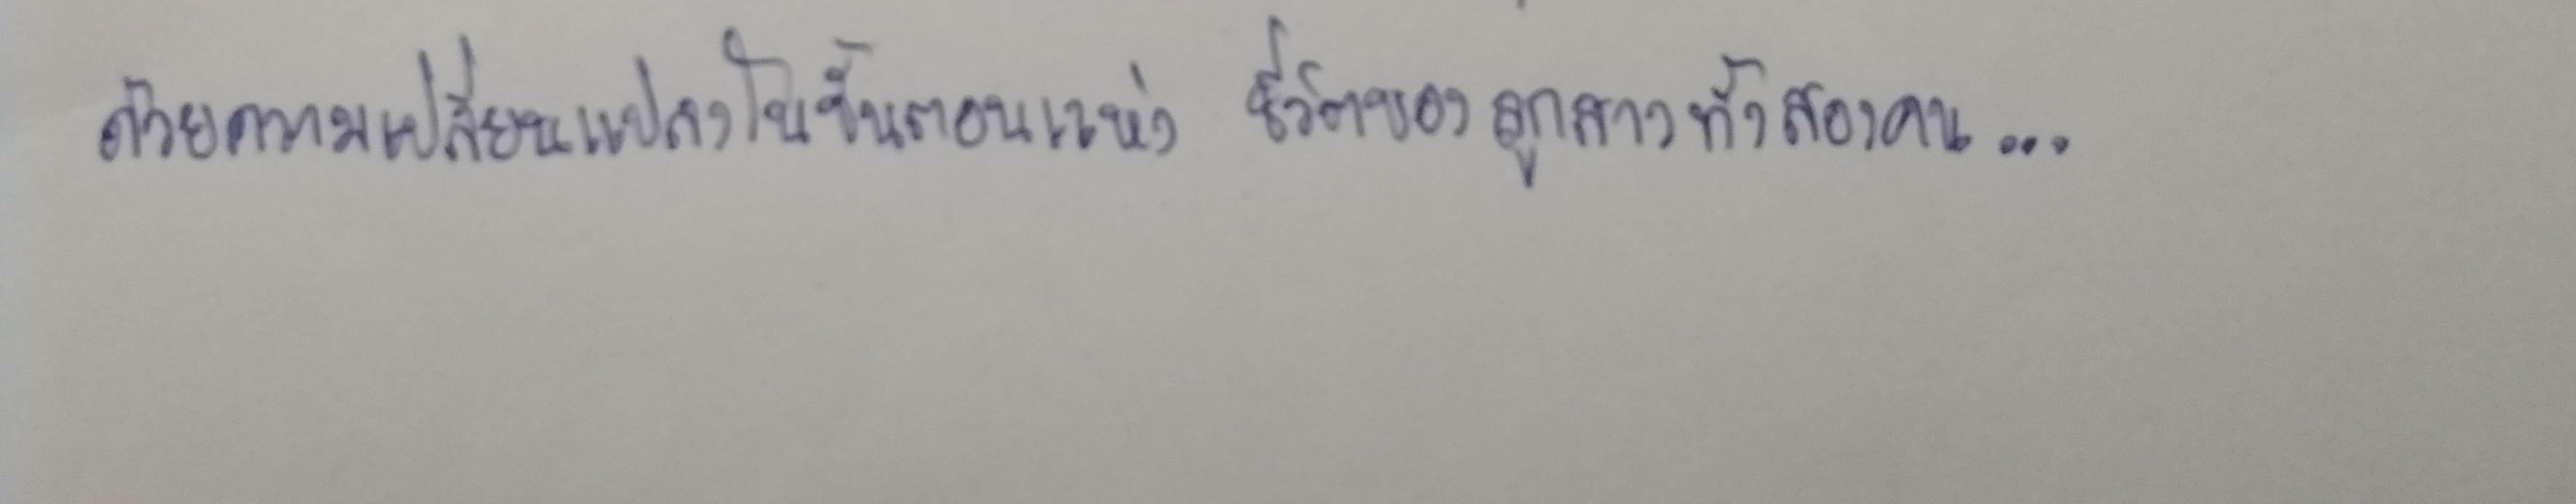
ด้วยความเปลี่ยนแปลงในขั้นตอนแห่งชีวิตของลูกสาวทั้งสองคน...